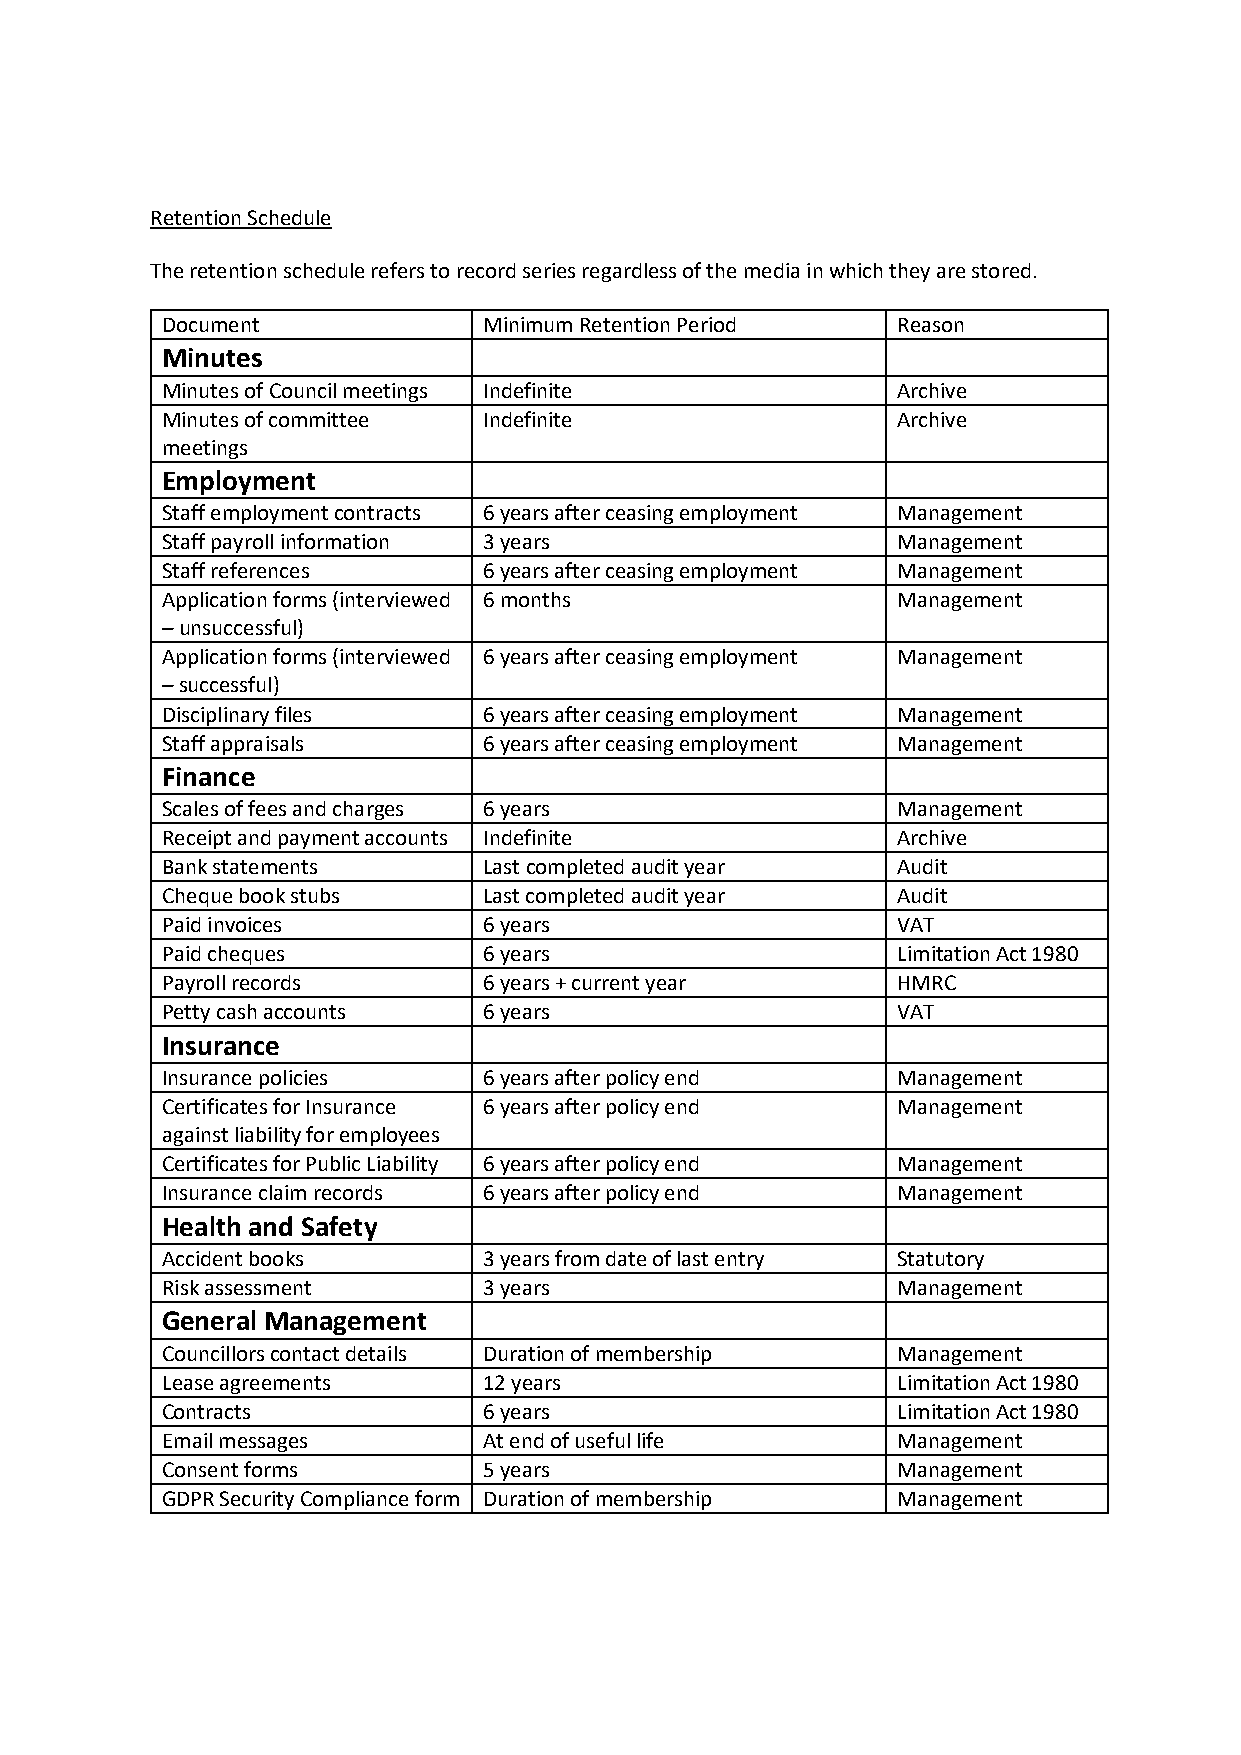
Retention Schedule
 The retention schedule refers to record series regardless of the media in which they are stored.
 Document             Minimum Retention Period   Reason
 Minutes
 Minutes of Council meetings Indefinite          Archive
 Minutes of committee Indefinite                 Archive
 meetings
 Employment
 Staff employment contracts 6 years after ceasing employment Management
 Staff payroll information 3 years               Management
 Staff references     6 years after ceasing employment Management
 Application forms (interviewed 6 months         Management
 – unsuccessful)
 Application forms (interviewed 6 years after ceasing employment Management
 – successful)
 Disciplinary files   6 years after ceasing employment Management
 Staff appraisals     6 years after ceasing employment Management
 Finance
 Scales of fees and charges 6 years              Management
 Receipt and payment accounts Indefinite         Archive
 Bank statements      Last completed audit year  Audit
 Cheque book stubs    Last completed audit year  Audit
 Paid invoices        6 years                    VAT
 Paid cheques         6 years                    Limitation Act 1980
 Payroll records      6 years + current year     HMRC
 Petty cash accounts  6 years                    VAT
 Insurance
 Insurance policies   6 years after policy end   Management
 Certificates for Insurance 6 years after policy end Management
 against liability for employees
 Certificates for Public Liability 6 years after policy end Management
 Insurance claim records 6 years after policy end Management
 Health and Safety
 Accident books       3 years from date of last entry Statutory
 Risk assessment      3 years                    Management
 General Management
 Councillors contact details Duration of membership Management
 Lease agreements     12 years                   Limitation Act 1980
 Contracts            6 years                    Limitation Act 1980
 Email messages       At end of useful life      Management
 Consent forms        5 years                    Management
 GDPR Security Compliance form Duration of membership Management